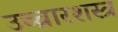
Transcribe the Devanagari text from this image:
उच्चारशस्त्र